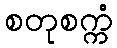
စတုစက္ကံ